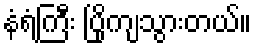
နံရံကြီး ပြိုကျသွားတယ်။